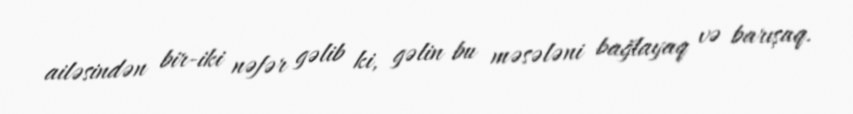
ailəsindən bir-iki nəfər gəlib ki, gəlin bu məsələni bağlayaq və barışaq.